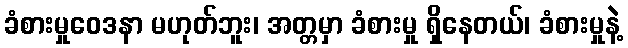
ခံစားမှုဝေဒနာ မဟုတ်ဘူး၊ အတ္တမှာ ခံစားမှု ရှိနေတယ်၊ ခံစားမှုနဲ့